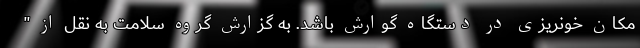
مکان خونریزی در دستگاه گوارش باشد. به گزارش گروه سلامت به نقل از "